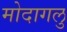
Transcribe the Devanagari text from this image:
मोदागलु